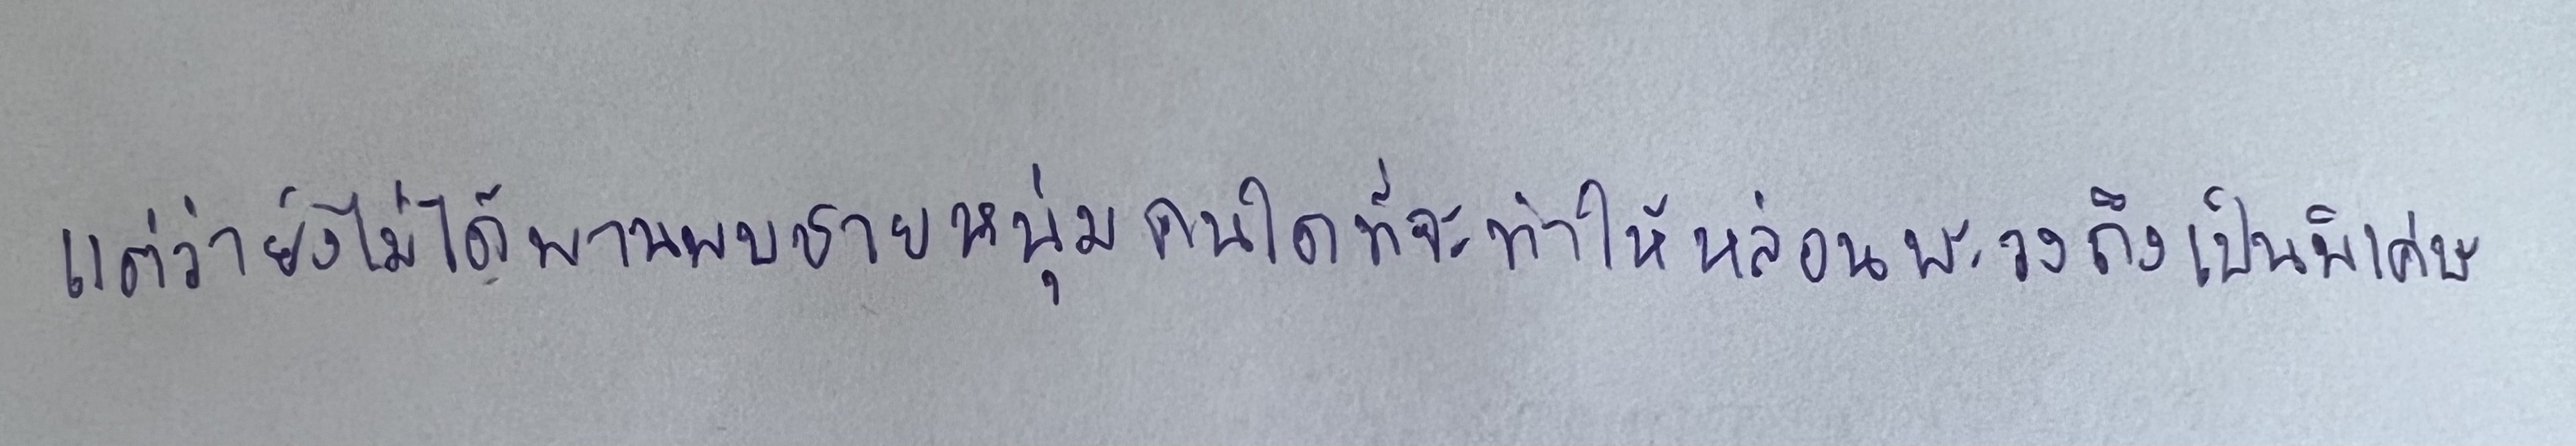
แต่ว่ายังไม่ได้พานพบชายหนุ่มคนใดที่จะทำให้หล่อนพะวงถึงเป็นพิเศษ